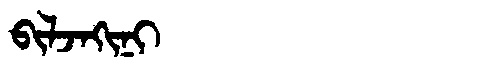
Manchu: ᠪᡳᠯᠵᠠᡴᡳᠨᡳ
Romanization: BILJAKINI